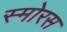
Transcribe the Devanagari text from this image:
स्मोरस